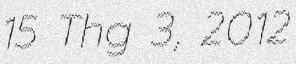
15 Thg 3, 2012